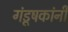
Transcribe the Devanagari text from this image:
गंडूषकांनीं